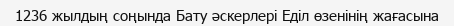
1236 жылдың соңында Бату әскерлері Еділ өзенінің жағасына